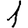
Digit: 1